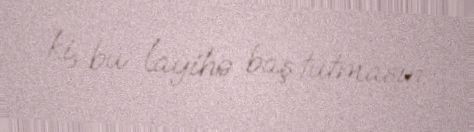
ki, bu layihə baş tutmasın.